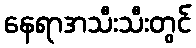
နေရာအသီးသီးတွင်